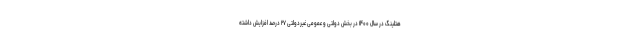
هتلینگ در سال ۱۴۰۰ در بخش دولتی و عمومی غیردولتی ۲۷ درصد افزایش داشته